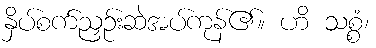
နှိပ်စက်ညှဉ်းဆဲအပ်ကုန်၏။ ဟိ သစ္စံ၊